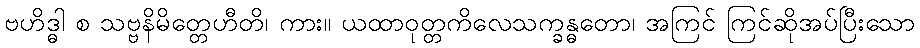
ဗဟိဒ္ဓါ စ သဗ္ဗနိမိတ္တေဟီတိ၊ ကား။ ယထာဝုတ္တကိလေသက္ခန္ဓတော၊ အကြင် ကြင်ဆိုအပ်ပြီးသော